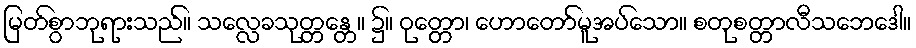
မြတ်စွာဘုရားသည်။ သလ္လေခသုတ္တန္တေ။ ၌။ ဝုတ္တော၊ ဟောတော်မူအပ်သော။ စတုစတ္တာလီသဘေဒေါ။